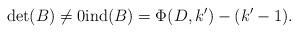
LaTeX: \begin{align*}\det(B)\ne0\mathrm{ind}(B)=\Phi(D,k')-(k'-1).\end{align*}